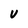
Character: V